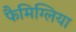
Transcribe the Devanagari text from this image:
फैमिग्लिया